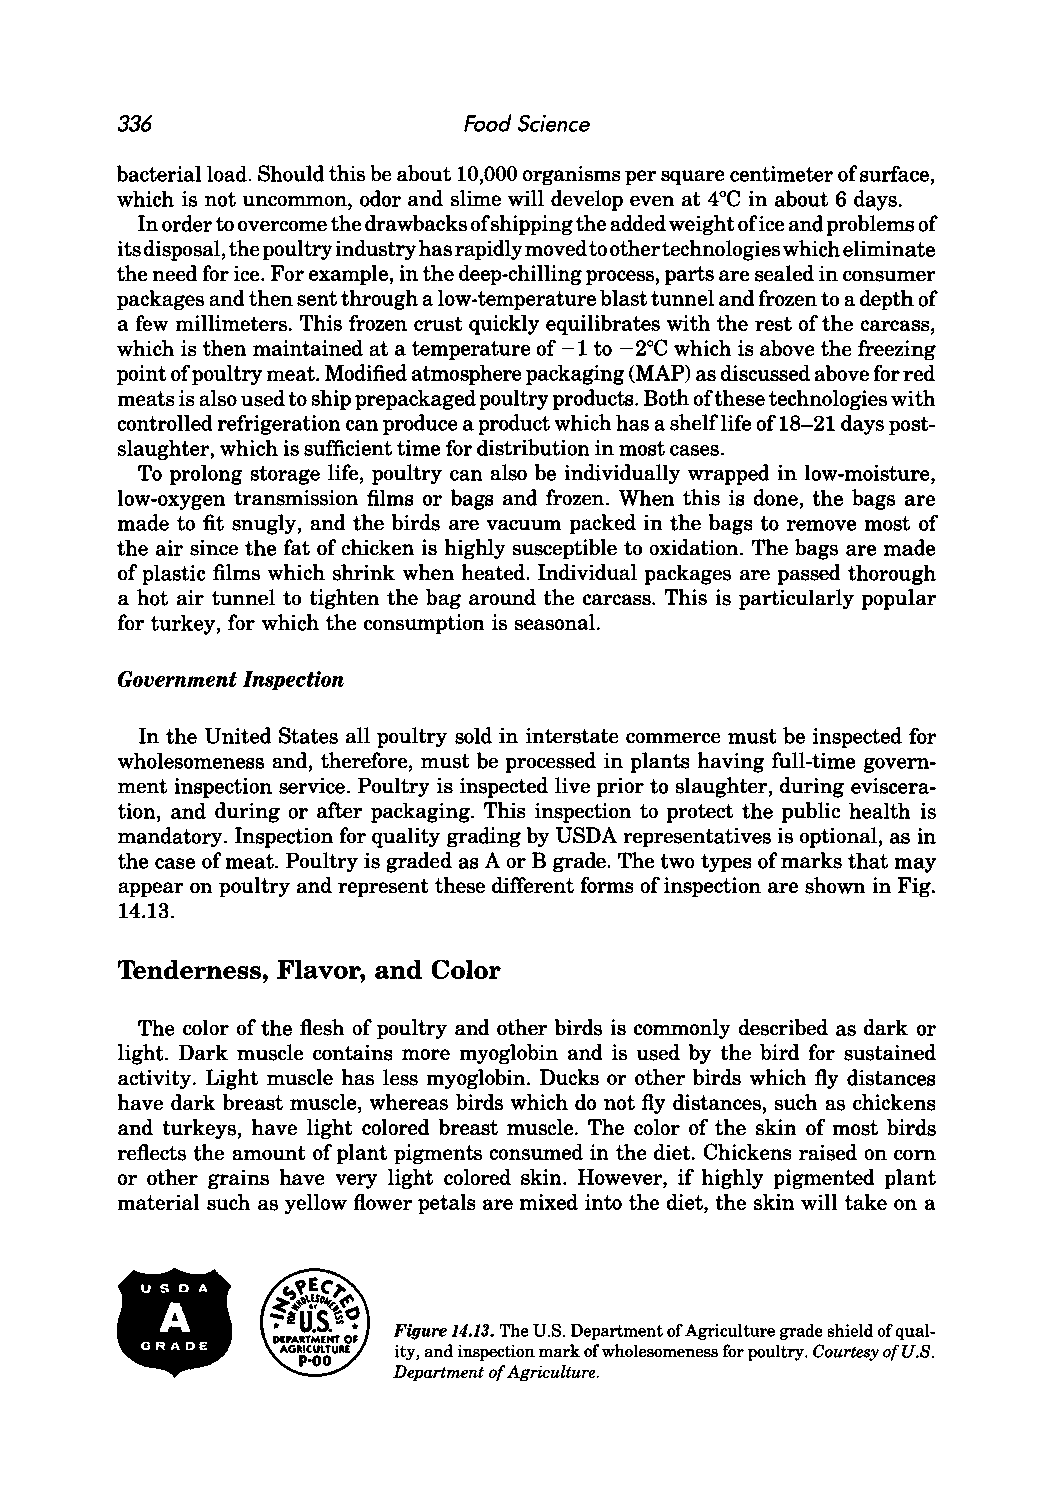
336                    Food Science
 bacterial load. Should this be about 10,000 organisms per square centimeter of surface,
 which is not uncommon, odor and slime will develop even at 4°C in about 6 days.
 In order to overcome the drawbacks of shipping the added weight of ice and problems of
 its disposal, the poultry industry has rapidly moved to other technologies which eliminate
 the need for ice. For example, in the deep-chilling process, parts are sealed in consumer
 packages and then sent through a low-temperature blast tunnel and frozen to a depth of
 a few millimeters. This frozen crust quickly equilibrates with the rest of the carcass,
 which is then maintained at a temperature of -1 to - 2°C which is above the freezing
 point of poultry meat. Modified atmosphere packaging (MAP) as discussed above for red
 meats is also used to ship prepackaged poultry products. Both of these technologies with
 controlled refrigeration can produce a product which has a shelflife of 18-21 days post
 slaughter, which is sufficient time for distribution in most cases.
 To prolong storage life, poultry can also be individually wrapped in low-moisture,
 low-oxygen transmission films or bags and frozen. When this is done, the bags are
 made to fit snugly, and the birds are vacuum packed in the bags to remove most of
 the air since the fat of chicken is highly susceptible to oxidation. The bags are made
 of plastic films which shrink when heated. Individual packages are passed thorough
 a hot air tunnel to tighten the bag around the carcass. This is particularly popular
 for turkey, for which the consumption is seasonal.
 Government Inspection
 In the United States all poultry sold in interstate commerce must be inspected for
 wholesomeness and, therefore, must be processed in plants having full-time govern
 ment inspection service. Poultry is inspected live prior to slaughter, during eviscera
 tion, and during or after packaging. This inspection to protect the public health is
 mandatory. Inspection for quality grading by USDA representatives is optional, as in
 the case of meat. Poultry is graded as A or B grade. The two types of marks that may
 appear on poultry and represent these different forms of inspection are shown in Fig.
 14.13.
 Tenderness, Flavor, and Color
 The color of the flesh of poultry and other birds is commonly described as dark or
 light. Dark muscle contains more myoglobin and is used by the bird for sustained
 activity. Light muscle has less myoglobin. Ducks or other birds which fly distances
 have dark breast muscle, whereas birds which do not fly distances, such as chickens
 and turkeys, have light colored breast muscle. The color of the skin of most birds
 reflects the amount of plant pigments consumed in the diet. Chickens raised on corn
 or other grains have very light colored skin. However, if highly pigmented plant
 .
 material such as yellow flower petals are mixed into the diet, the skin will take on a
 g
 .  .
 -~             Figure 14.13. The U.S. Department of Agriculture grade shield of qual
 ity, and inspection mark of wholesomeness for poultry. Courtesy of U.S.
 Department of Agriculture.